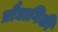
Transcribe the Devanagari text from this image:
प्रौद्यागिकी